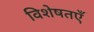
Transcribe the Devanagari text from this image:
विशेषतएँ